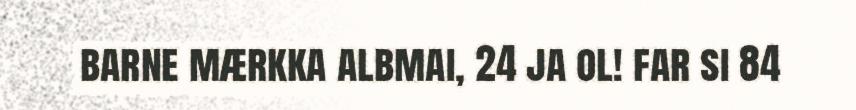
barne mærkka albmai, 24 ja ol! far si 84